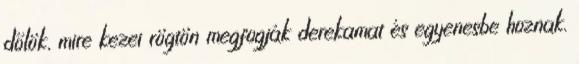
dőlök, mire kezei rögtön megfogják derekamat és egyenesbe hoznak.